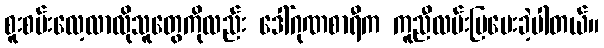
စူးစမ်းလေ့လာလိုသူတွေကိုလည်း ဒေါ်ဂုဏစာရီက ကူညီလမ်းပြပေးခဲ့ပါတယ်။